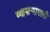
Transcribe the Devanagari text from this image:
व्यापार्‍यासाठी